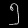
Digit: ၅